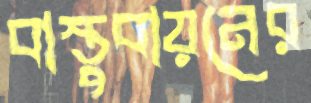
বাস্তুবায়নের